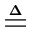
\triangleq